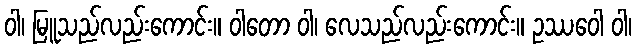
ဝါ၊ မြူသည်လည်းကောင်း။ ဝါတော ဝါ၊ လေသည်လည်းကောင်း။ ဥဿဝေါ ဝါ၊